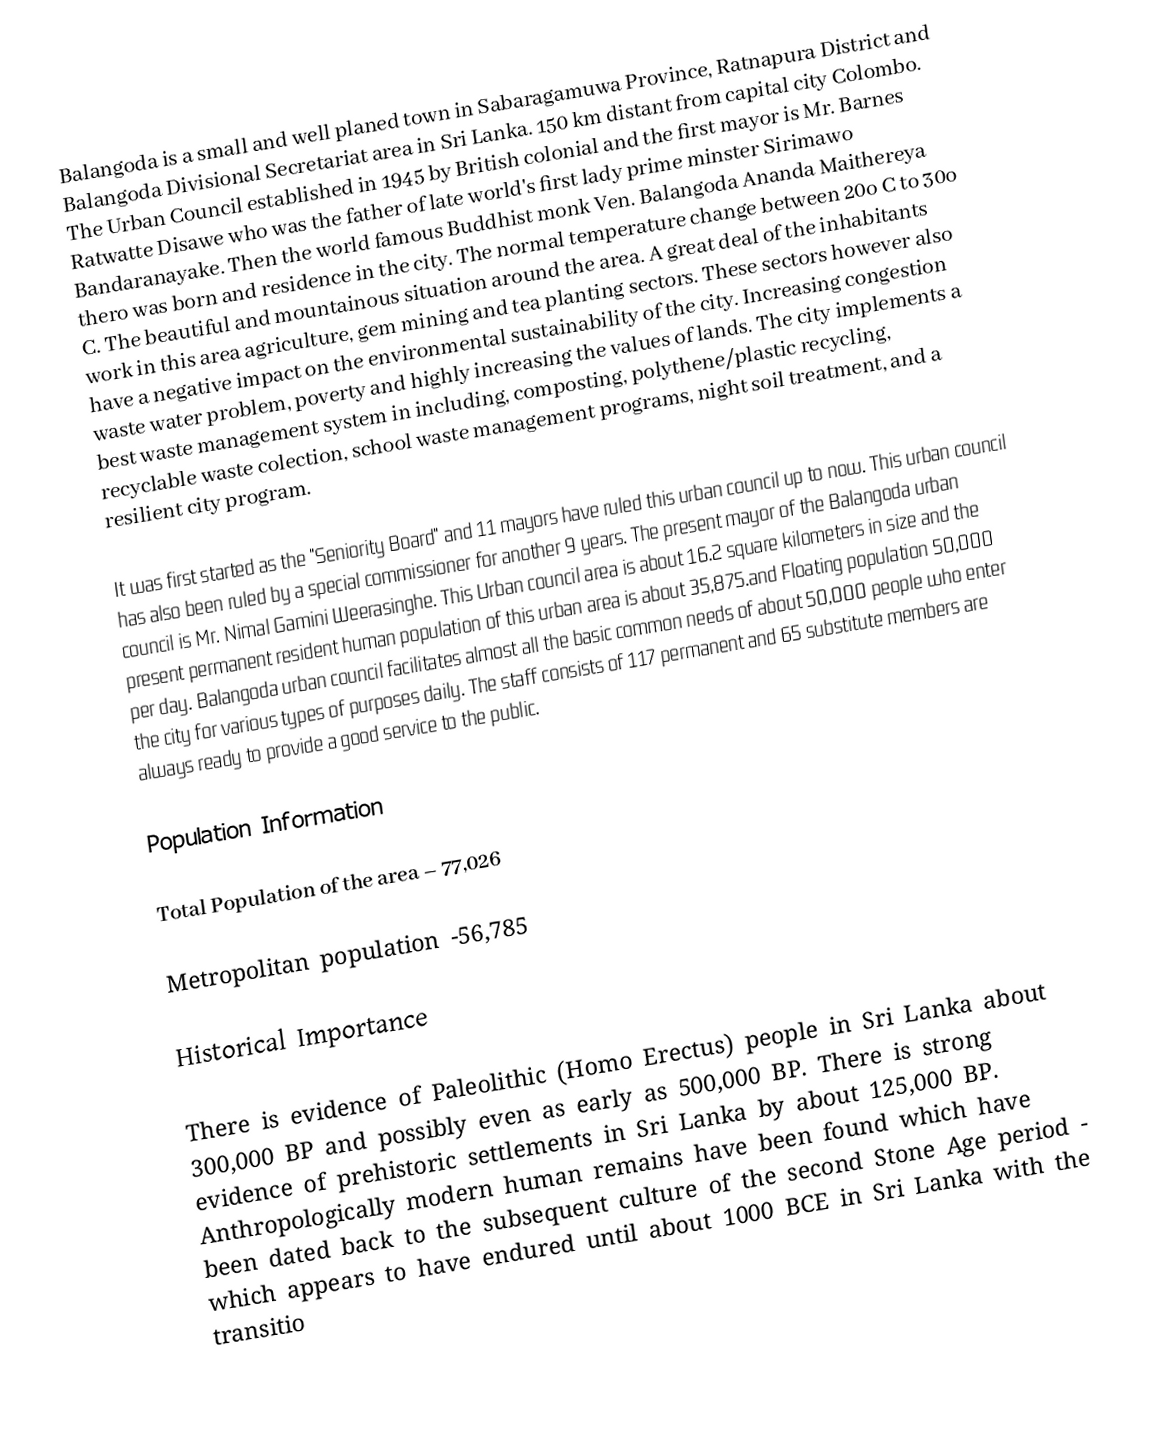
Balangoda is a small and well planed town in Sabaragamuwa Province, Ratnapura District and Balangoda Divisional Secretariat area in Sri Lanka. 150 km distant from capital city Colombo. The Urban Council established in 1945 by British colonial and the first mayor is Mr. Barnes Ratwatte Disawe who was the father of late world's first lady prime minster Sirimawo Bandaranayake. Then the world famous Buddhist monk Ven. Balangoda Ananda Maithereya thero was born and residence in the city. The normal temperature change between 20o C to 30o C. The beautiful and mountainous situation around the area. A great deal of the inhabitants work in this area agriculture, gem mining and tea planting sectors. These sectors however also have a negative impact on the environmental sustainability of the city. Increasing congestion waste water problem, poverty and highly increasing the values of lands. The city implements a best waste management system in including, composting, polythene/plastic recycling, recyclable waste colection, school waste management programs, night soil treatment, and a resilient city program.

It was first started as the "Seniority Board" and 11 mayors have ruled this urban council up to now. This urban council has also been ruled by a special commissioner for another 9 years. The present mayor of the Balangoda urban council is Mr. Nimal Gamini Weerasinghe. This Urban council area is about 16.2 square kilometers in size and the present permanent resident human population of this urban area is about 35,875.and Floating population 50,000 per day. Balangoda urban council facilitates almost all the basic common needs of about 50,000 people who enter the city for various types of purposes daily. The staff consists of 117 permanent and 65 substitute members are always ready to provide a good service to the public.

Population Information 

Total Population of the area – 77,026 

Metropolitan population -56,785

Historical Importance

There is evidence of Paleolithic (Homo Erectus) people in Sri Lanka about 300,000 BP and possibly even as early as 500,000 BP. There is strong evidence of prehistoric settlements in Sri Lanka by about 125,000 BP. Anthropologically modern human remains have been found which have been dated back to the subsequent culture of the second Stone Age period - which appears to have endured until about 1000 BCE in Sri Lanka with the transitio